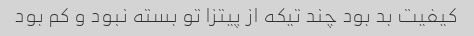
کیفیت بد بود چند تیکه از پیتزا تو بسته نبود و کم بود